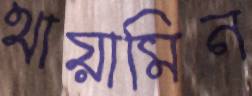
থায়ামিন